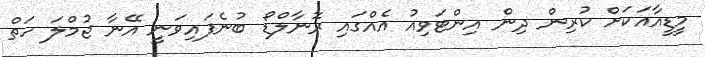
މީޑީއާއަކަށް ކުރިން ދިން އިންޓަވިއު އެއްގައި ރޮނާލްޑޯ ބުނެފައިވަނީ އޭނާ ޖުމްލަ ހަތް